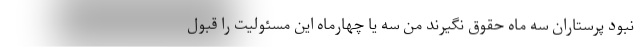
نبود پرستاران سه ماه حقوق نگیرند من سه یا چهارماه این مسئولیت را قبول